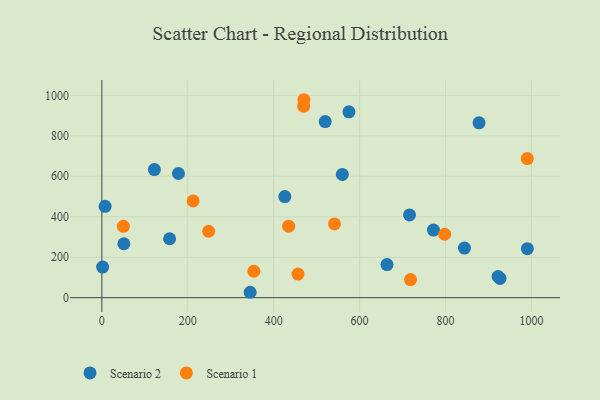
{"axis": {"x": "Distance", "y": "Salary"}, "legend": ["Scenario 1", "Scenario 2"], "data": [{"x": "1.8", "y": 151.3, "type": "Scenario 2"}, {"x": "575.2", "y": 918.8, "type": "Scenario 2"}, {"x": "51.2", "y": 266.4, "type": "Scenario 2"}, {"x": "926.8", "y": 95.0, "type": "Scenario 2"}, {"x": "425.9", "y": 499.7, "type": "Scenario 2"}, {"x": "7.6", "y": 451.5, "type": "Scenario 2"}, {"x": "922.3", "y": 104.7, "type": "Scenario 2"}, {"x": "559.7", "y": 609.0, "type": "Scenario 2"}, {"x": "990.5", "y": 242.2, "type": "Scenario 2"}, {"x": "345.2", "y": 26.6, "type": "Scenario 2"}, {"x": "844.0", "y": 245.2, "type": "Scenario 2"}, {"x": "716.2", "y": 408.9, "type": "Scenario 2"}, {"x": "178.3", "y": 613.7, "type": "Scenario 2"}, {"x": "157.7", "y": 291.2, "type": "Scenario 2"}, {"x": "878.0", "y": 864.4, "type": "Scenario 2"}, {"x": "663.7", "y": 163.5, "type": "Scenario 2"}, {"x": "122.3", "y": 633.2, "type": "Scenario 2"}, {"x": "519.9", "y": 870.6, "type": "Scenario 2"}, {"x": "771.9", "y": 334.0, "type": "Scenario 2"}, {"x": "541.5", "y": 364.5, "type": "Scenario 1"}, {"x": "353.9", "y": 130.6, "type": "Scenario 1"}, {"x": "718.5", "y": 89.5, "type": "Scenario 1"}, {"x": "798.0", "y": 313.4, "type": "Scenario 1"}, {"x": "990.3", "y": 687.5, "type": "Scenario 1"}, {"x": "469.8", "y": 946.4, "type": "Scenario 1"}, {"x": "248.6", "y": 328.2, "type": "Scenario 1"}, {"x": "212.5", "y": 478.3, "type": "Scenario 1"}, {"x": "470.3", "y": 978.5, "type": "Scenario 1"}, {"x": "50.1", "y": 352.4, "type": "Scenario 1"}, {"x": "456.6", "y": 116.8, "type": "Scenario 1"}, {"x": "434.8", "y": 353.4, "type": "Scenario 1"}]}